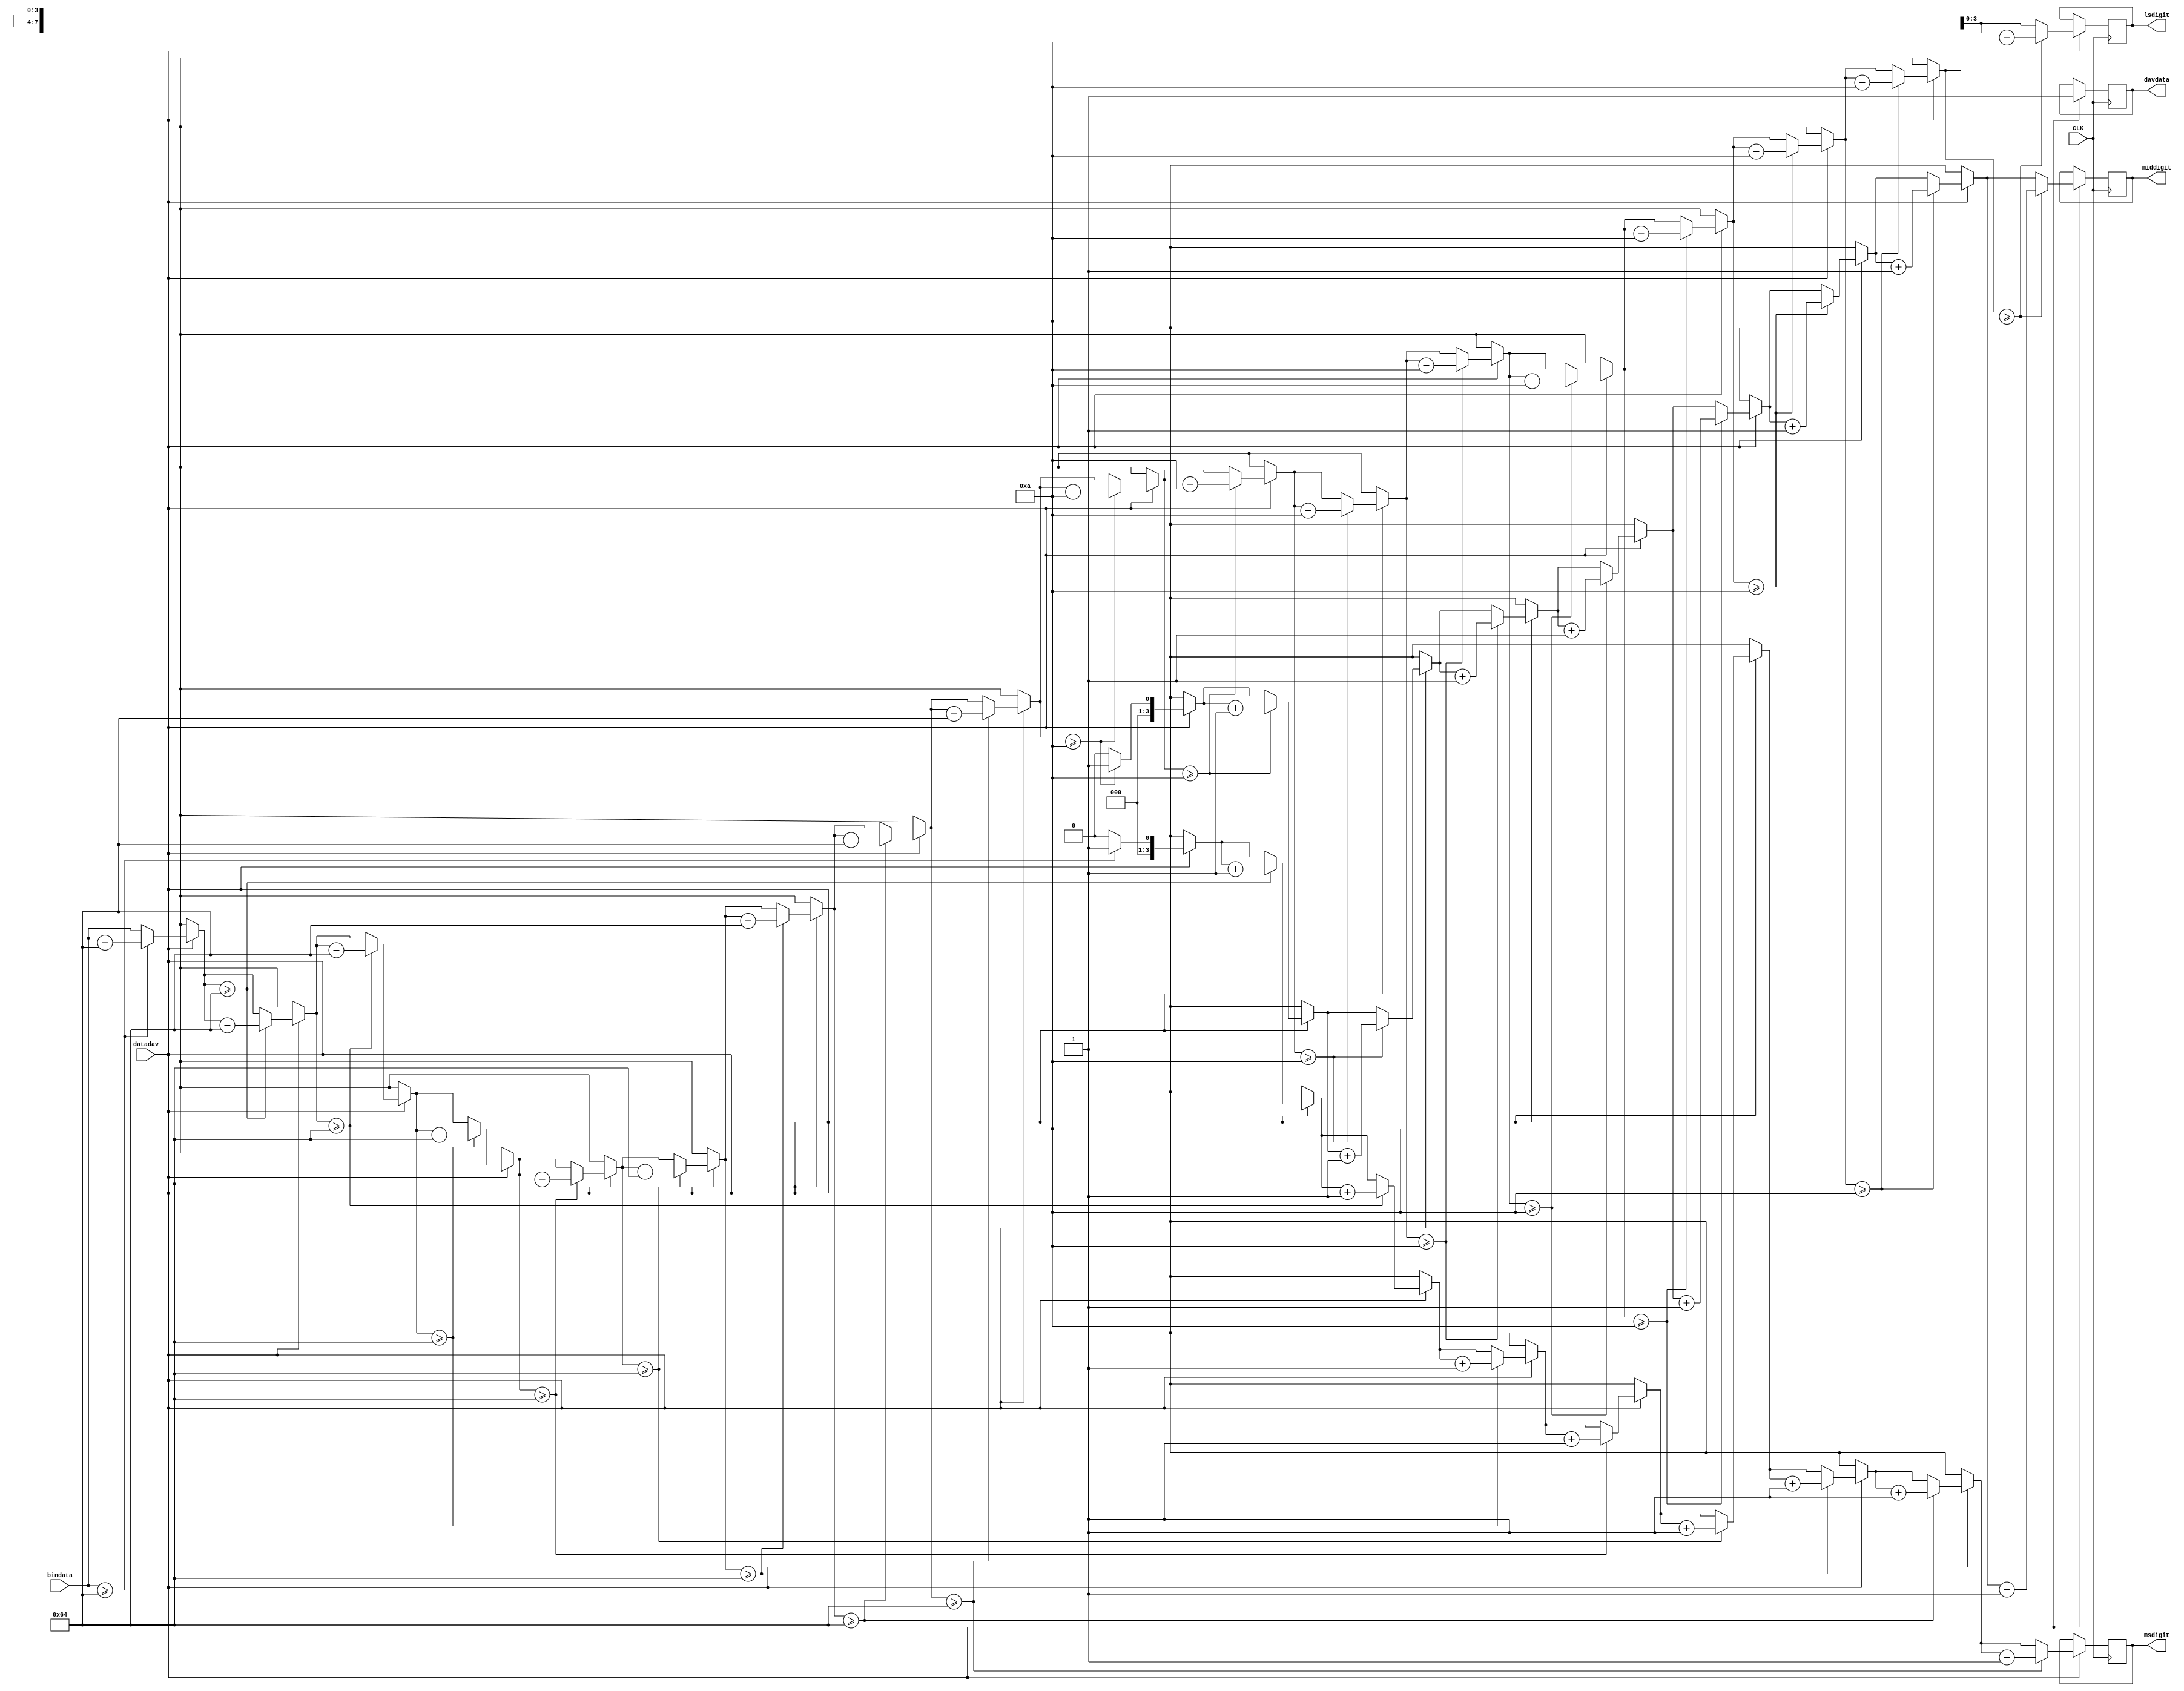
// Binary to BCD Iterative Conversion iterative.v
// c 2012 Embedded Design using Programmable Gate Arrays  Dennis Silage

module iterative(input CLK, datadav, input [7:0] bindata,
			output reg [3:0] msdigit, output reg [3:0] middigit,
			output reg [3:0] lsdigit, output reg davdata);

reg [7:0] value;

integer i;

always@(posedge CLK)		
	begin
		if (datadav==1)
			begin
				davdata=0;
				value=bindata;
		
			msdigit=0;			// most significant digit
			for (i=1; i<=9; i=i+1)
				begin
					if (value>=100)
						begin
							msdigit=msdigit+1;
							value=value-100;
						end
				end
			
			middigit=0;			// middle digit
			for (i=1; i<=9; i=i+1)
				begin
					if (value>=10)
						begin
							middigit=middigit+1;
							value=value-10;
						end
				end
			
			lsdigit=value;		// least significant digit			
			davdata=1;
		end
	end
	
endmodule